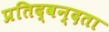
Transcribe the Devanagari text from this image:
प्रतिद्वन्दता